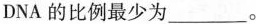
DNA的比例最少为___。